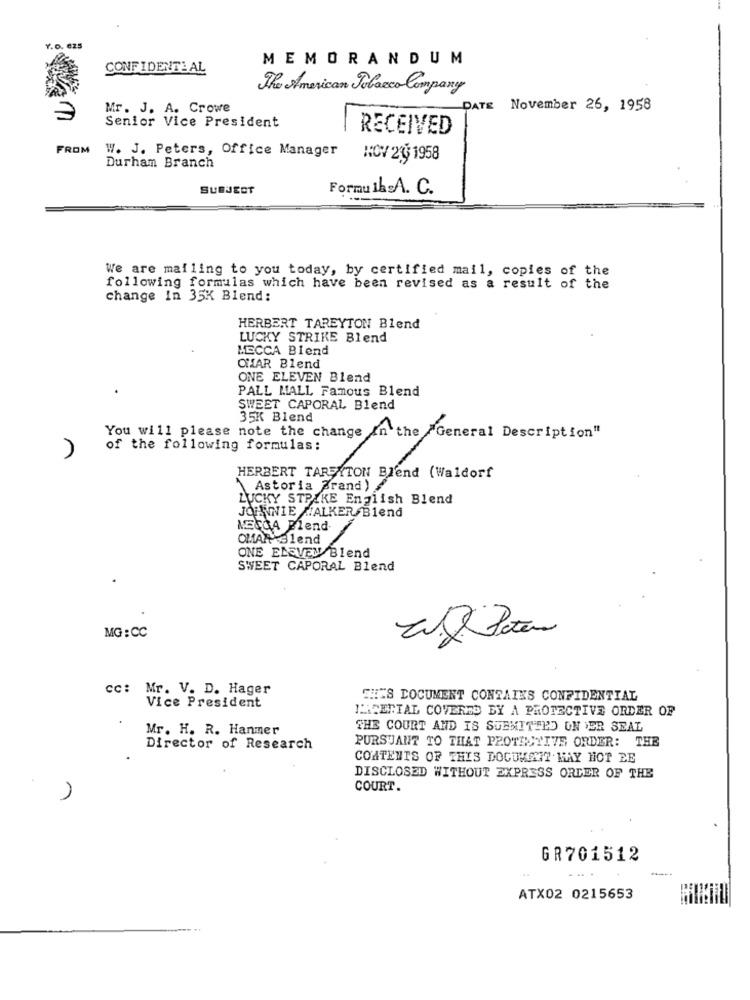
Y. O. C.
MEMORANDUM
CONFIDENTIAL
The American Tobacco Company
Mr. J. A. Crowe
DATE November 26, 1958
Senior Vice President
RECEIVED
FROM
W. J. Peters, Office Manager
Durham Branch
HCV219 1958
SUBJECT
Formull.A. C.
We are mailing to you today, by certified mail, copies of the
following formulas which have been revised as a result of the
change In 35K Blend:
HERBERT TAREYTON Blend
LUCKY STRIKE Blend
MECCA Blend
CHAR Blend
ONE ELEVEN Blend
.
PALL MALL Famous Blend
SWEET CAPORAL Blend
35K Blend
You will please note the change in the "General Description"
of the following formulas:
HERBERT TARFYTON Blend (Waldorf
Astoria grand )
LUCKY STRIKE English Blend
JOHNNIE WALKER Blend
MESOA Blend-
OMAR Blend
ONE ELEVEN Blend
SWEET CAPORAL Blend
MG : CC
cc: Mr. V. D. Hager
THIS DOCUMENT CONTAINS CONFIDENTIAL
Vice President
INSERIAL COVERDO BY A PROTECTIVE ORDER OF
Mr. H. R. Hanmer
THE COURT AND IS SUBMITTED ON ER SEAL
Director of Research
PURSUANT TO THAT PROTISTIVE ORDER: THE
CONTENTS OF THIS DOCUMENT. HAY HOT EE
DISCLOSED WITHOUT EXPRESS ORDER OF THE
COURT.
GR701512
ATX02 0215653